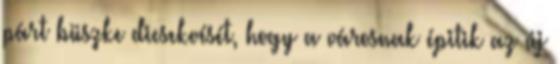
párt büszke dicsekvését, hogy a városnak épitik az új